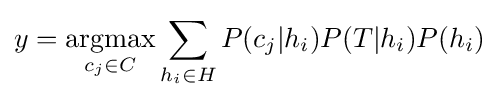
y={\underset {c_{j}\in C}{\mathrm {argmax} }}\sum _{h_{i}\in H}{P(c_{j}|h_{i})P(T|h_{i})P(h_{i})}